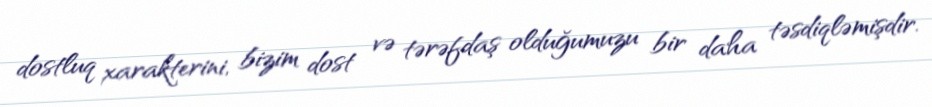
dostluq xarakterini, bizim dost və tərəfdaş olduğumuzu bir daha təsdiqləmişdir.